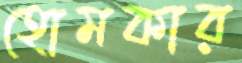
হোমকার